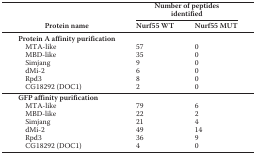
| <ROWSPAN=2> Protein name | <COLSPAN=2> Number of peptides identified |
 | Nurf55 WT | Nurf55 MUT |
 | --- | --- | --- |
 | <COLSPAN=3> Protein A affinity purification |
 | MTA-like | 57 | 0 |
 | MBD-like | 35 | 0 |
 | Simjang | 9 | 0 |
 | dMi-2 | 6 | 0 |
 | Rpd3 | 8 | 0 |
 | CG18292 (DOC1) | 2 | 0 |
 | <COLSPAN=3> GFP affinity purification |
 | MTA-like | 79 | 6 |
 | MBD-like | 22 | 2 |
 | Simjang | 21 | 4 |
 | dMi-2 | 49 | 14 |
 | Rpd3 | 36 | 9 |
 | CG18292 (DOC1) | 4 | 0 |